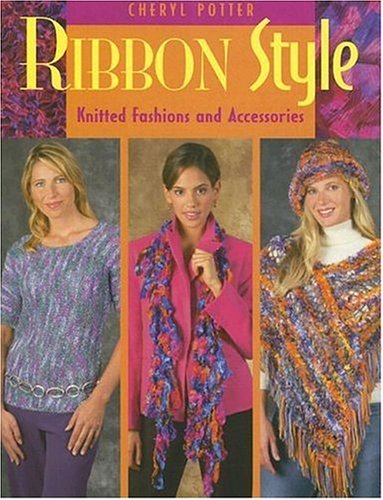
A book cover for Ribbon Style: Knitted Fashions And Accessories; Cheryl Potter; Crafts, Hobbies & Home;